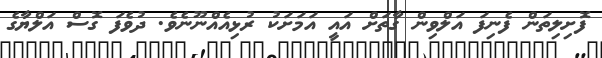
ފޮށިލިތަން ފެނިފަ އަލްވިން ގާތަށް އައީ އަމަށަކު ރުޅިއެއްނޫނެވެ. ދުވެފަ ގޮސް އަލްޔާގެ